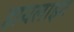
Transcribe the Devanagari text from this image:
हायलाइट